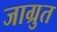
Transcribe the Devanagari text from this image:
जाग्रुत